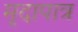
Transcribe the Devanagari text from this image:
मृदापात्र